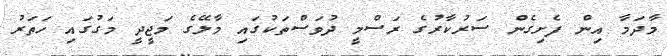
މާދަމާ އިން ފެށިގެން ސަރުކާރުގެ ރަސްމީ ދުވަސްތަކުގައި މާލޭގެ މަޖީދީ މަގުގައި ހަތަރު